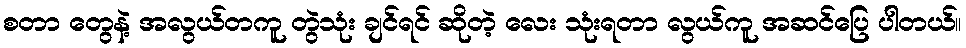
စတာ တွေနဲ့ အလွယ်တကူ တွဲသုံး ချင်ရင် ဆိုတဲ့ လေး သုံးရတာ လွယ်ကူ အဆင်ပြေ ပါတယ်။